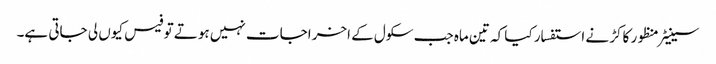
سینیٹر منظور کاکڑ نے استفسار کیا کہ تین ماہ جب سکول کے اخراجات نہیں ہوتے تو فیس کیوں لی جاتی ہے۔